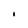
Character: 1